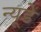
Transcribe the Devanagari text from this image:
न्यूडे